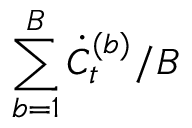
\sum _ { b = 1 } ^ { B } \dot { C } _ { t } ^ { ( b ) } / B